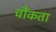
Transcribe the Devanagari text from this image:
चौंकता